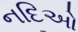
નદિઓ